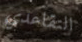
التقاعدي